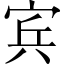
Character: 宾